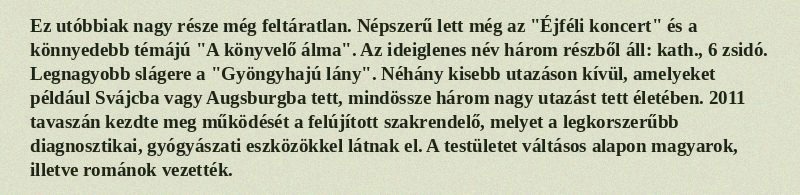
Ez utóbbiak nagy része még feltáratlan. Népszerű lett még az "Éjféli koncert" és a könnyedebb témájú "A könyvelő álma". Az ideiglenes név három részből áll: kath., 6 zsidó. Legnagyobb slágere a "Gyöngyhajú lány". Néhány kisebb utazáson kívül, amelyeket például Svájcba vagy Augsburgba tett, mindössze három nagy utazást tett életében. 2011 tavaszán kezdte meg működését a felújított szakrendelő, melyet a legkorszerűbb diagnosztikai, gyógyászati eszközökkel látnak el. A testületet váltásos alapon magyarok, illetve románok vezették.